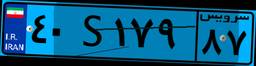
۸۱S۴۸۹۶۸